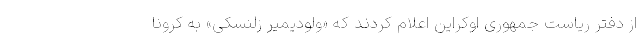
از دفتر ریاست جمهوری اوکراین اعلام کردند که «ولودیمیر زلنسکی» به کرونا